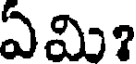
ఏమి?